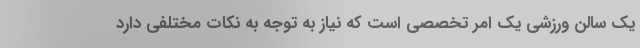
یک سالن ورزشی یک امر تخصصی است که نیاز به توجه به نکات مختلفی دارد